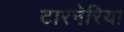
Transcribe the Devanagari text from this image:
टारनेरिया